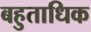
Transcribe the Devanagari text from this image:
बहुताधिक